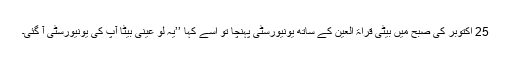
25 اکتوبر کی صبح مَیں بیٹی قراۃ العین کے ساتھ یونیورسٹی پہنچا تو اسے کہا ’’یہ لو عینی بیٹا آپ کی یونیورسٹی آ گئی۔